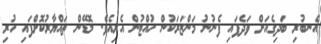
އެނބުރި ބަދިގެއަށް ވަދެފައި ފެނުނު މަންޒަރަކުން ހުއްޓުން އެރިއެވެ. މޮޑޭން ތައްޔާރުކޮށްފައި ހުރި